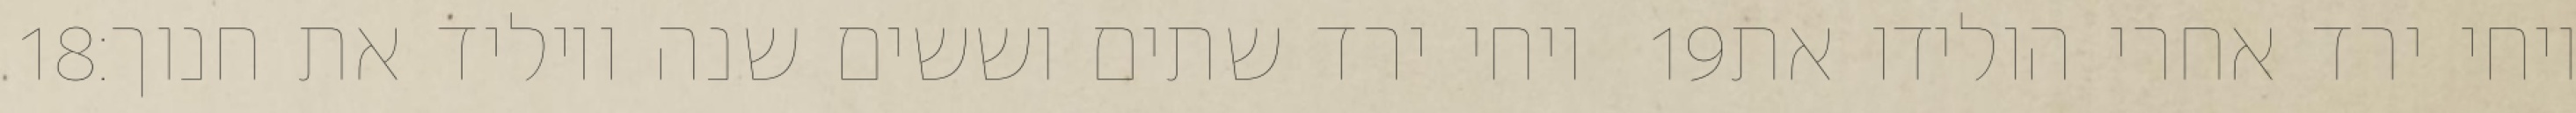
‎18‏ ויחי ירד שתים וששים שנה ויוליד את חנוך׃ ‎19‏ ויחי ירד אחרי הולידו את